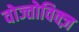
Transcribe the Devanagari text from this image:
वोज्तोविक्ज़